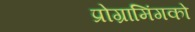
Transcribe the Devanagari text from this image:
प्रोग्रामिंगको